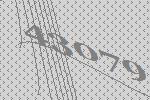
43079